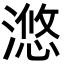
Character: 滺